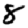
Digit: 8